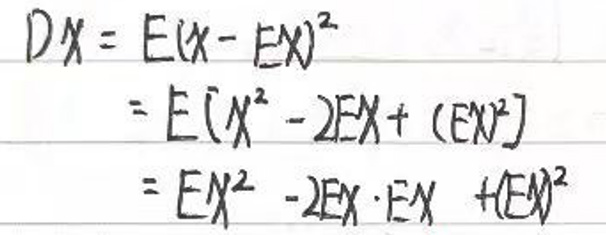
\begin{align*}
DX&=E(X - EX)^2\\
&=E(X^2 - 2EX+(EX)^2)\\
&=EX^2 - 2EX\cdot EX+(EX)^2
\end{align*}